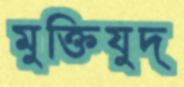
মুক্তিযুদ্